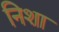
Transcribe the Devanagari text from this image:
निशा